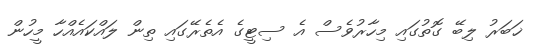
ޚަބަރު ލިބޭ ގޮތުގައި މިހާރުވެސް އެ ސިޓީގެ އެތެރޭގައި ތިން ލައްކައެއްހާ މީހުން